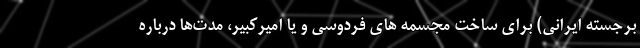
برجسته ایرانی) برای ساخت مجسمه های فردوسی و یا امیرکبیر، مدت‌ها درباره